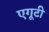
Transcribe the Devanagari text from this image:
एगूटी